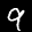
Label: 9